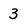
Character: 3